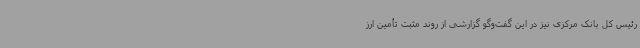
رئیس کل بانک مرکزی نیز در این گفت‌وگو گزارشی از روند مثبت تأمین ارز